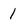
Character: l